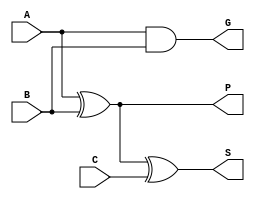
module MYPFA(A,B,C,S,P,G);
input A,B,C;
output S,P,G;

assign G=A&B;
assign P=A^B;
assign S=P^C;

endmodule